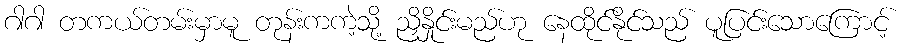
ဂါဂါ တကယ်တမ်းမှာမူ တုန်းကကဲ့သို့ ညှိနှိုင်းမည်ဟု နေထိုင်နိုင်သည် ပူပြင်းသောကြောင့်